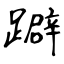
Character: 躃